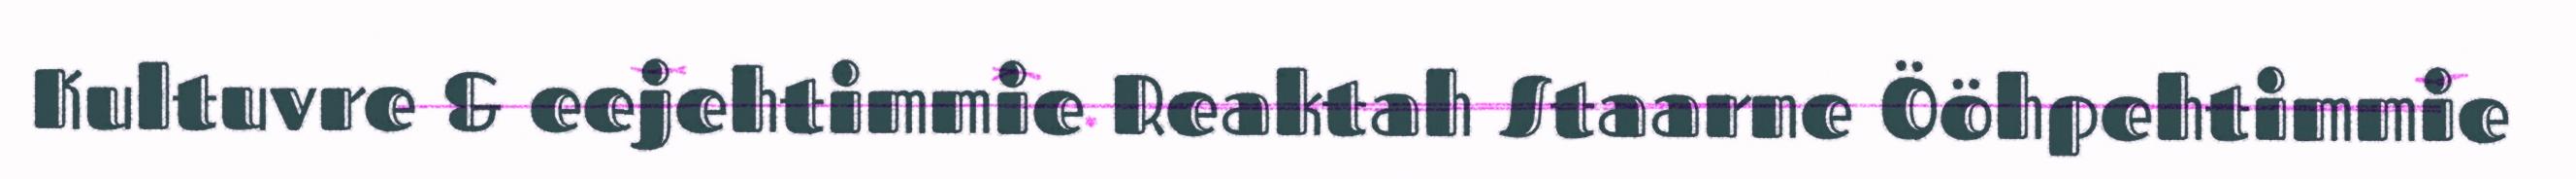
Kultuvre & eejehtimmie Reaktah Staarne Ööhpehtimmie